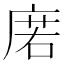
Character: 𢉳